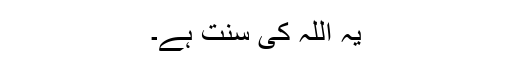
یہ اللہ کی سنت ہے۔